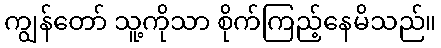
ကျွန်တော် သူ့ကိုသာ စိုက်ကြည့်နေမိသည်။